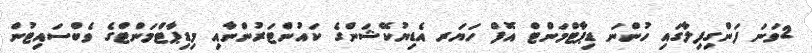
2ވަނަ ފަންގިފިލާގައި ހުންނަ ޑިޕާޓްމަންޓް އޮފް ހަޔަރ އެޑިޔުކޭޝަންގެ ކައުންޓަރުންނާއި މިޑިޕާޓްމަންޓްގެ ވެބްސައިޓުން